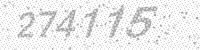
Solution: 274115